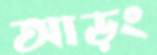
আড়ং